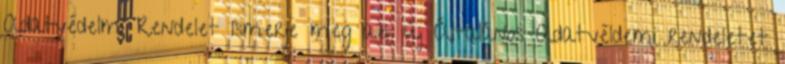
Adatvédelmi Rendelet Ismerje meg az új Általános Adatvéldemi rendeletet